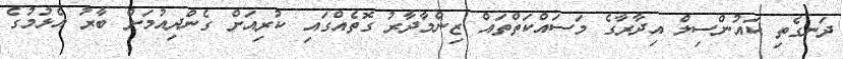
ދަނގެތި ކައުންސިލް އިދާރާގެ މަސަައްކަތްތައް ޒިންމާދާރު ގޮތެއްގައި ކުރިއަށް ގެންދިއުމަށް ބާރު އެޅުމުގެ